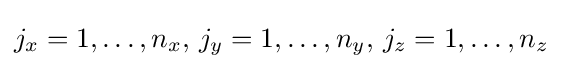
j_{x}=1,\ldots ,n_{x},\,j_{y}=1,\ldots ,n_{y},\,j_{z}=1,\ldots ,n_{z}